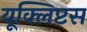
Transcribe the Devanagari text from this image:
यूक्लिप्टस